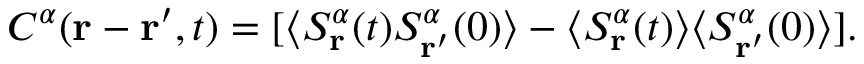
C ^ { \alpha } ( \mathbf { r } - \mathbf { r ^ { \prime } } , t ) = [ \langle S _ { \mathbf { r } } ^ { \alpha } ( t ) S _ { \mathbf { r ^ { \prime } } } ^ { \alpha } ( 0 ) \rangle - \langle S _ { \mathbf { r } } ^ { \alpha } ( t ) \rangle \langle S _ { \mathbf { r ^ { \prime } } } ^ { \alpha } ( 0 ) \rangle ] .